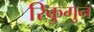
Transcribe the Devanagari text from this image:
रिकुगुन